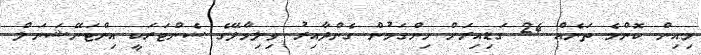
މިއިން ކޮންމެ ތަނެއް 24 ގަޑިއިރަށް ހިންގަމުން ގެންދާއިރު ވިލިމާލޭގެ ސެންޓަރަކީ އިންޓަނޭޝަނަލް